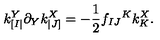
k _ { [ I | } ^ { Y } \partial _ { Y } k _ { | J ] } ^ { X } = - \frac 1 2 f _ { I J } { } ^ { K } k _ { K } ^ { X } .